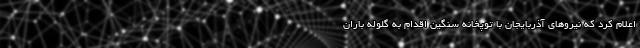
اعلام کرد که نیروهای آذربایجان با توپخانه سنگین اقدام به گلوله باران